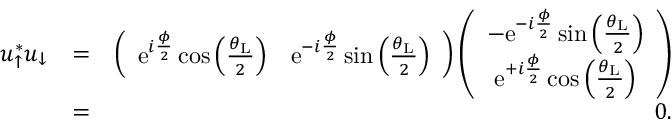
\begin{array} { r l r } { u _ { \uparrow } ^ { * } u _ { \downarrow } } & { = } & { \left( \begin{array} { c c } { \mathrm { e } ^ { i \frac { \phi } { 2 } } \cos \left( \frac { \theta _ { \mathrm { L } } } { 2 } \right) } & { \mathrm { e } ^ { - i \frac { \phi } { 2 } } \sin \left( \frac { \theta _ { \mathrm { L } } } { 2 } \right) } \end{array} \right) \left( \begin{array} { c } { - \mathrm { e } ^ { - i \frac { \phi } { 2 } } \sin \left( \frac { \theta _ { \mathrm { L } } } { 2 } \right) } \\ { \mathrm { e } ^ { + i \frac { \phi } { 2 } } \cos \left( \frac { \theta _ { \mathrm { L } } } { 2 } \right) } \end{array} \right) } \\ & { = } & { 0 . } \end{array}